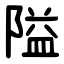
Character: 隘